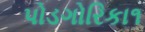
પોડગોરિકા૧